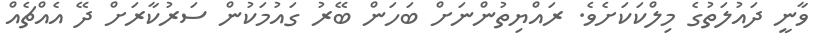
ވާނީ ދައުލަތުގެ މިލްކަކަށެވެ. ރައްޔިތުންނަށް ބަހަން ބޭރު ގައުމަކުން ސަރުކާރަށް ދޭ އެއްޗެއް